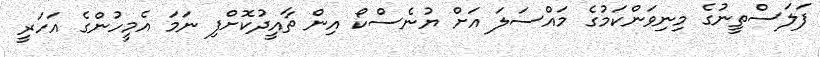
ފަލަސްތީނުގެ މިނިވަންކަމުގެ މައްސަލަ އަށް ޔުނެސްކޯ އިން ތާއީދުކޮށްފި ނަމަ އެމީހުންގެ އަހަރީ